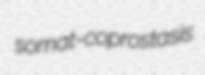
somat- coprostasis